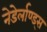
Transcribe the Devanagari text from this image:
नेडेर्लाण्ड्स